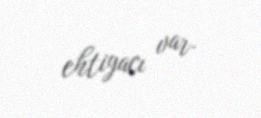
ehtiyacı var.